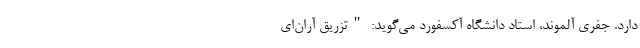
دارد. جفری آلموند، استاد دانشگاه آکسفورد می‌گوید: "تزریق آر‌ان‌ای